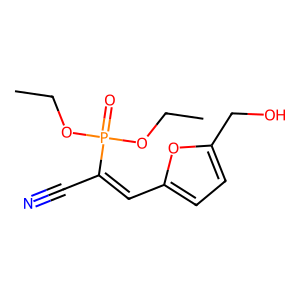
SMILES: CCOP(=O)(OCC)C(C#N)=Cc1ccc(CO)o1
Inhibits HIV replication: No